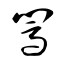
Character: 闖